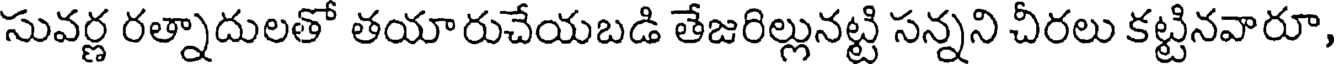
సువర్ణ రత్నాదులతో తయారుచేయబడి తేజరిల్లునట్టి సన్నని చీరలు కట్టినవారూ,